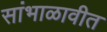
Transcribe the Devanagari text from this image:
सांभाळावीत